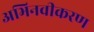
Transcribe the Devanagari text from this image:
अभिनवीकरण